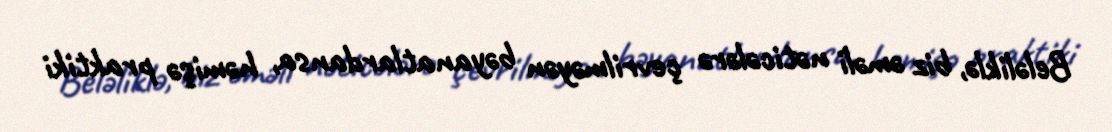
Beləliklə, biz əməli nəticələrə çevrilməyən bəyanatlardansa, həmişə praktiki